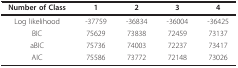
<table><thead><tr><td><b>Number of Class</b></td><td><b>1</b></td><td><b>2</b></td><td><b>3</b></td><td><b>4</b></td></tr></thead><tbody><tr><td>Log likelihood</td><td>-37759</td><td>-36834</td><td>-36004</td><td>-36425</td></tr><tr><td>BIC</td><td>75629</td><td>73838</td><td>72459</td><td>73137</td></tr><tr><td>aBIC</td><td>75736</td><td>74003</td><td>72237</td><td>73417</td></tr><tr><td>AIC</td><td>75586</td><td>73772</td><td>72148</td><td>73026</td></tr></tbody></table>